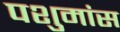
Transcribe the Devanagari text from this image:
पशुमांस